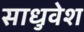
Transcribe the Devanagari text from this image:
साधुवेश